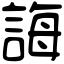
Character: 誨